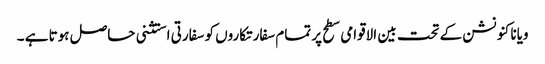
ویانا کنونشن کے تحت بین الاقوامی سطح پر تمام سفارتکاروں کو سفارتی استثنی حاصل ہوتا ہے ۔